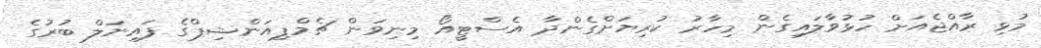
މުޅި ރާއްޖެއަށް ހުޅުވާލައިގެން މިހާރު ކުރިޔަށްގެންދާ އެސްޓީއޯ މިނިވަން ޗެމްޕިއަންޝިޕްގެ ފައިނަލް ބުރުގެ